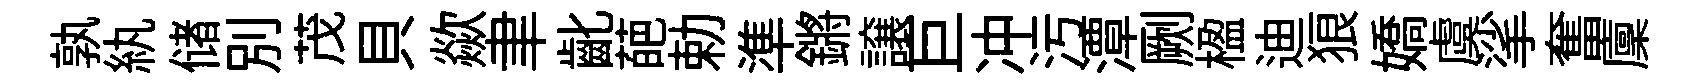
孰紈储別茂貝歘聿齔葩勅準鏘譲巨冲污潭劂楹迪狼嬌虞挲奮廩